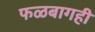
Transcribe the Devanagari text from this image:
फळबागही